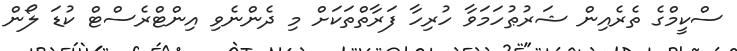
ސްކީމްގެ ތެރެއިން ޝަރުޠުހަމަވާ ހުރިހާ ފަރާތްތަކަށް މި ދެންނެވި އިންޓްރެސްޓް ކުޑަ ލޯން